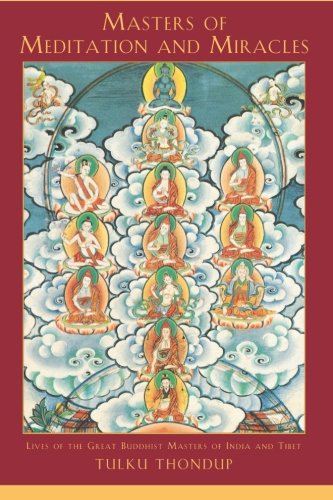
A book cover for Masters of Meditation and Miracles: Lives of the Great Buddhist Masters of India and Tibet (Buddhayana Series); Tulku Thondup; Biographies & Memoirs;